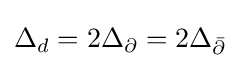
\Delta _{d}=2\Delta _{\partial }=2\Delta _{\bar {\partial }}